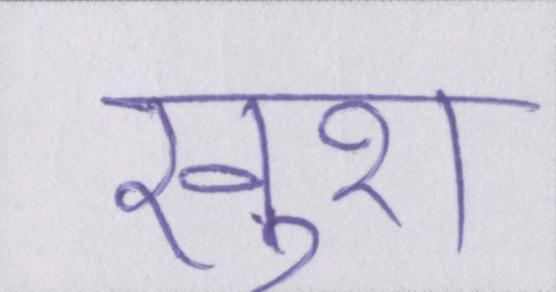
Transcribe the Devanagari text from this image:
खुश